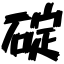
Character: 碇